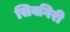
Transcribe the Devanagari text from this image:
सिवगिरी